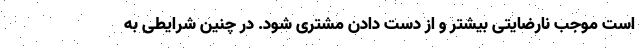
است موجب نارضایتی بیشتر و از دست دادن مشتری شود. در چنین شرایطی به